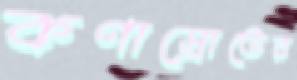
কণাস্রোতের